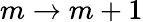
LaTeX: m\rightarrow m+1